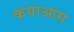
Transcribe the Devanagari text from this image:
कयाआस